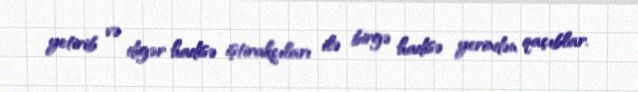
yetirib və digər hadisə iştirakçıları ilə birgə hadisə yerindən qaçıblar.